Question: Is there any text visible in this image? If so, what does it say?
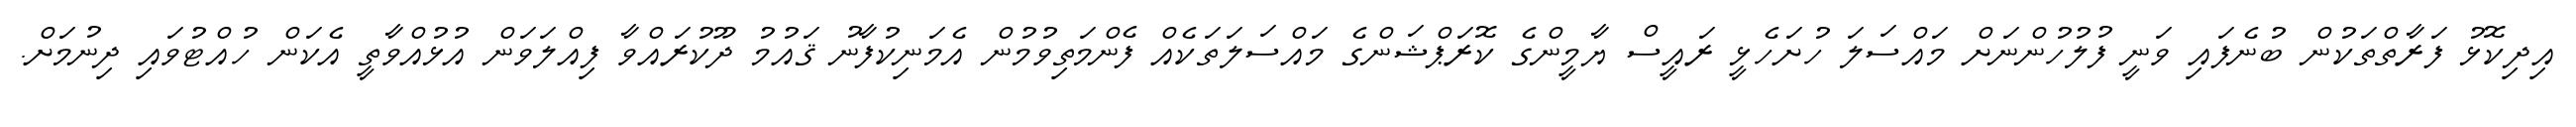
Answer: އިދިކޮޅު ފަރާތްތަކުން ބުނެފައި ވަނީ ފުލުހުންނަށް މައްސަލަ ހުށަހެޅީ ރައީސް ޔާމީންގެ ކޮރަޕްޝަންގެ މައްސަލަތަކެއް ފެންމަތިވުމުން އެމަނިކުފާނު ޤައުމު ދޫކުރައްވާ ފިއްލަވަން އުޅުއްވާތީ އެކަން ހުއްޓުވައި ދިނުމަށް.